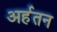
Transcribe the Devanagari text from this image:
अर्हतन